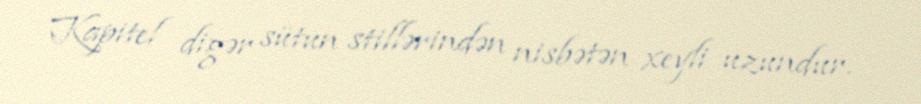
Kapitel digər sütun stillərindən nisbətən xeyli uzundur.